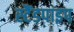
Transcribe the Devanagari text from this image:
स्टैंडपाइप